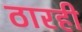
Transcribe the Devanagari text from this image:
ठारही